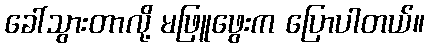
ခေါ်သွားတာလို့ မဖြူဖွေးက ပြောပါတယ်။